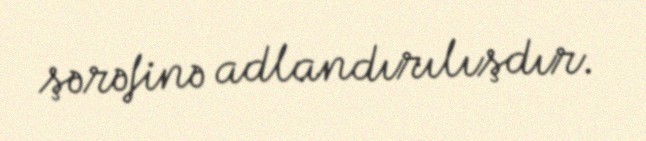
şərəfinə adlandırılışdır.